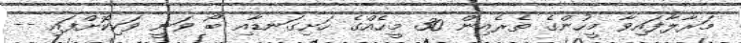
މަރާލާފައިވާ މީހުންގެ ތެރެއިން 30 މީހެއްގެ ހަށިގަނޑާއި ބޯ ވަނީ ވަކިކޮށްފައި --